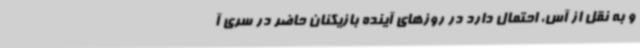
و به نقل از آس، احتمال دارد در روزهای آینده بازیکنان حاضر در سری آ